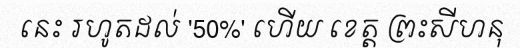
នេះ រហូតដល់ '50%' ហើយ ខេត្ត ព្រះសីហនុ